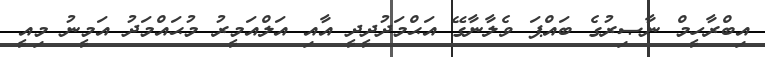
އިބްރާހީމް ނާޞިރުގެ ބައްޕަ ވެލާނާގޭ އަޙްމަދުދީދީ އާއި އަލްއަމީރު މުޙައްމަދު އަމީނު މިއީ